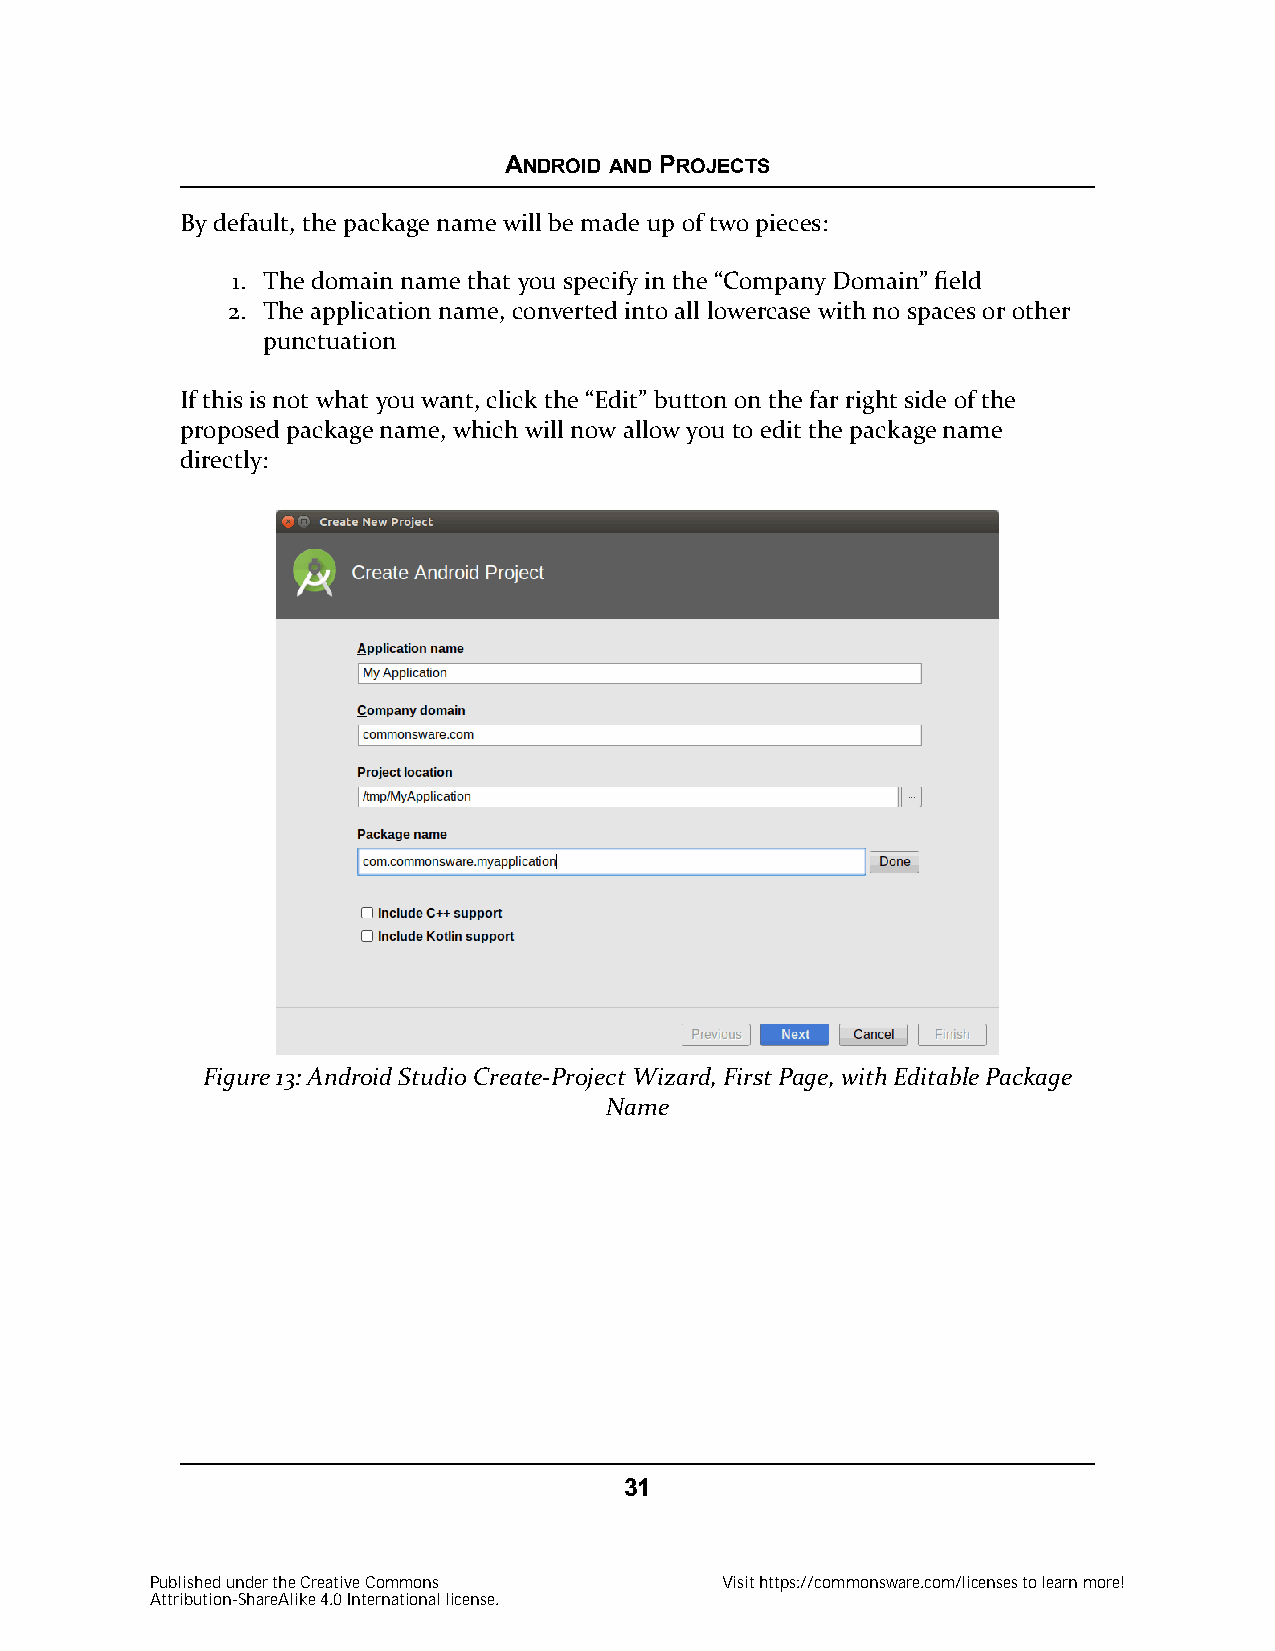
ANDROID AND PROJECTS
 By default, the package name will be made up of two pieces:
 1. The domain name that you specify in the “Company Domain” field
 2. The application name, converted into all lowercase with no spaces or other
 punctuation
 If this is not what you want, click the “Edit” button on the far right side of the
 proposed package name, which will now allow you to edit the package name
 directly:
 Figure 13: Android Studio Create-Project Wizard, First Page, with Editable Package
 Name
 31
 Published under the Creative Commons  Visit https://commonsware.com/licenses to learn more!
 Attribution-ShareAlike 4.0 International license.